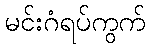
မင်းဂံရပ်ကွက်